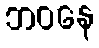
ဘဝနေ